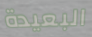
البعيدة